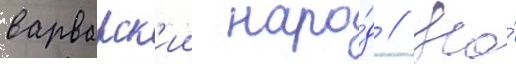
варварск'ии наро́д // На́